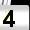
Digit: 4